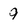
Character: 9